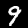
Label: 9